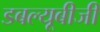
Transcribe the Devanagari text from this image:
डबल्यूबीजी